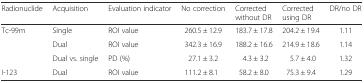
| Radionuclide | Acquisition | Evaluation indicator | No correction | Corrected without DR | Corrected using DR | DR/no DR |
 | --- | --- | --- | --- | --- | --- | --- |
 | <ROWSPAN=3> Tc-99m | Single | ROI value | 260.5 ± 12.9 | 183.7 ± 17.8 | 204.2 ± 19.4 | 1.11 |
 | Dual | ROI value | 342.3 ± 16.9 | 188.2 ± 16.6 | 214.9 ± 18.6 | 1.14 |
 | Dual vs. single | PD (%) | 27.1 ± 3.2 | 4.3 ± 3.2 | 5.7 ± 4.0 | 1.32 |
 | I-123 | Dual | ROI value | 111.2 ± 8.1 | 58.2 ± 8.0 | 75.3 ± 9.4 | 1.29 |